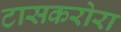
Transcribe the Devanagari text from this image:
टासकरोरा